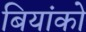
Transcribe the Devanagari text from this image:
बियांको